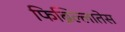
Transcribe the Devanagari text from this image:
फिब्रिल्लातेस